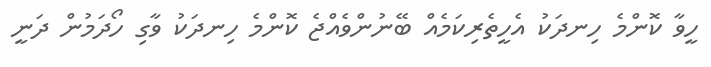
ހީވާ ކޮންމެ ހިނދަކު އެހީތެރިކަމެއް ބޭނުންވެއްޖެ ކޮންމެ ހިނދަކު ވާގި ހޯދަމުން ދަނީ